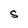
Character: S